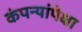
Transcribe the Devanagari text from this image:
कंपन्यांपेक्षा